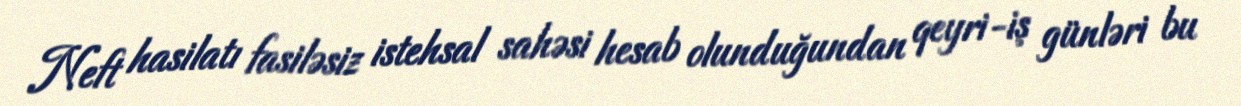
Neft hasilatı fasiləsiz istehsal sahəsi hesab olunduğundan qeyri-iş günləri bu